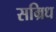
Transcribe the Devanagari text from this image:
सम्रिध